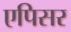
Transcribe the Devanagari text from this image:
एपिसर